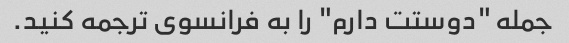
جمله "دوستت دارم" را به فرانسوی ترجمه کنید.